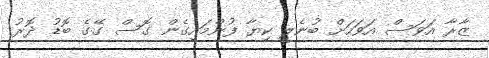
ޒާރާ އަވަސް އަވަހަށް ބުނެލީ ކިޔާ ފުންމައިގެން ގޮސް ގޭގެ ބޮޑު ދޮރު